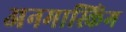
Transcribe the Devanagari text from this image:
अनमास्किंग